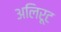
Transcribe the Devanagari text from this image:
अलिरूट